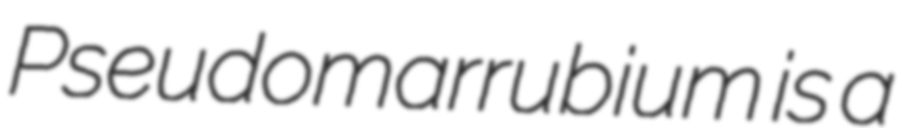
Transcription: Pseudomarrubium is a